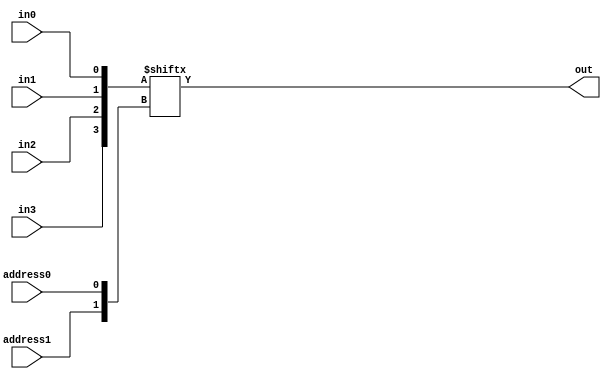
// Multiplexer circuit
`define AND and #50  //delays for gates
`define OR or #50
`define NOT not #50

module behavioralMultiplexer
(
    output out,
    input address0, address1,
    input in0, in1, in2, in3
);
    // Join single-bit inputs into a bus, use address as index
    wire[3:0] inputs = {in3, in2, in1, in0};
    wire[1:0] address = {address1, address0};
    assign out = inputs[address];
endmodule


module structuralMultiplexer
(
    output out,
    input address0, address1,
    input in0, in1, in2, in3
);
    wire naddr0, naddr1;
    `NOT A0inv(naddr0, address0);
    `NOT A1inv(naddr1, address1);
    wire outA,outB,outC,outD;

    `AND andgateA(outA, in0, naddr0, naddr1);
    `AND andgateB(outB, in1, address0, naddr1);
    `AND andgateC(outC, in2, naddr0, address1);
    `AND andgateD(outD, in3, address0, address1);
    `OR orgate(out, outA, outB, outC, outD);
endmodule